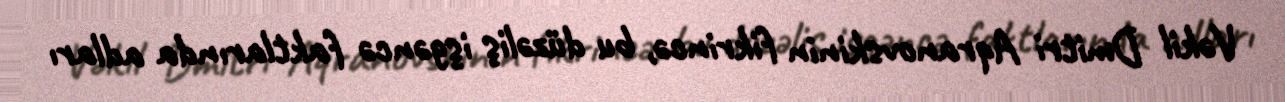
Vəkil Dmitri Aqranovskinin fikrincə, bu düzəliş işgəncə faktlarında adları